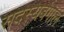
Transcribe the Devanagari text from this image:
सदस्यबंगाल